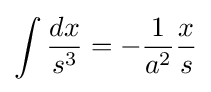
\int {\frac {dx}{s^{3}}}=-{\frac {1}{a^{2}}}{\frac {x}{s}}